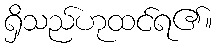
ရှိသည်ဟုထင်ရ၏။